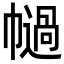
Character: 𢅗